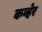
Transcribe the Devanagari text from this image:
कव्हेर